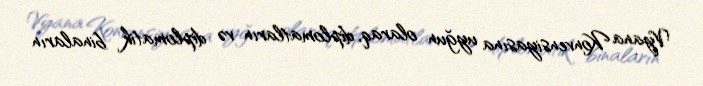
Vyana Konvensiyasına uyğun olaraq, diplomatların və diplomatik binaların